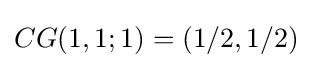
CG(1,1;1)=(1/2,1/2)